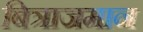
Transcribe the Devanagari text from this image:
बित्राजमान